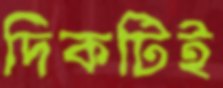
দিকটিই